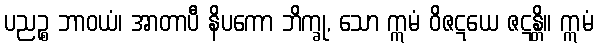
ပညဉ္စ ဘာဝယံ၊ အာတာပီ နိပကော ဘိက္ခု, သော ဣမံ ဝိဇဋယေ ဇဋန္တိ။ ဣမံ